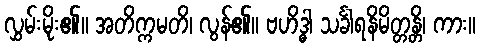
လွှမ်းမိုး၏။ အတိက္ကမတိ၊ လွန်၏။ ဗဟိဒ္ဓါ သင်္ခါရနိမိတ္တန္တိ၊ ကား။